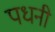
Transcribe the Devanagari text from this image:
पधनी